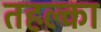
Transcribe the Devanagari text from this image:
तहल्‍का